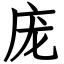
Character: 庞